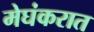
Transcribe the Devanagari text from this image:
मेघंकरात